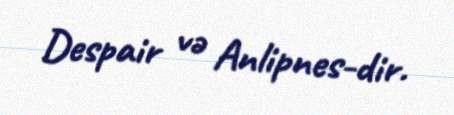
Despair və Anlipnes-dir.